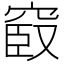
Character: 𥦞